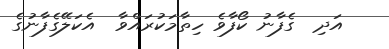
އަދި  ގެފާނު ކޯފާވެ ހިތާމަކުރައްވާ  އެކަލޭގެފާނުގެ